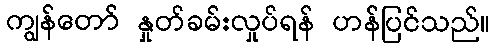
ကျွန်တော် နှုတ်ခမ်းလှုပ်ရန် ဟန်ပြင်သည်။